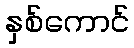
နှစ်ကောင်